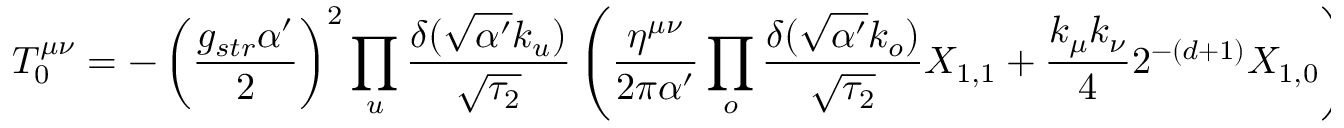
T _ { 0 } ^ { \mu \nu } = - \left( \frac { g _ { s t r } \alpha ^ { \prime } } { 2 } \right) ^ { 2 } \prod _ { u } \frac { \delta ( \sqrt { \alpha ^ { \prime } } k _ { u } ) } { \sqrt { \tau _ { 2 } } } \left( \frac { \eta ^ { \mu \nu } } { 2 \pi \alpha ^ { \prime } } \prod _ { o } \frac { \delta ( \sqrt { \alpha ^ { \prime } } k _ { o } ) } { \sqrt { \tau _ { 2 } } } X _ { 1 , 1 } + \frac { k _ { \mu } k _ { \nu } } { 4 } 2 ^ { - ( d + 1 ) } X _ { 1 , 0 } \right)